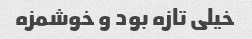
خیلی تازه بود و خوشمزه